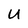
Character: U